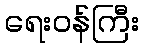
ရေးဝန်ကြီး